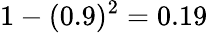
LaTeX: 1-(0.9)^{2}=0.19